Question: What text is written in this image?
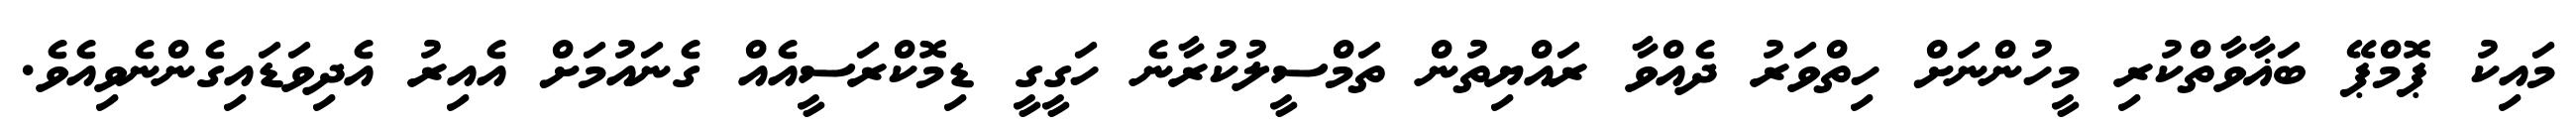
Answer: މައިކު ޕޮމްޕޭ ބަޣާވާތްކުރި މީހުންނަށް ހިތްވަރު ދެއްވާ ރައްޔިތުން ތަމްސީލުކުރާނެ ހަގީގީ ޑިމޮކްރަސީއެއް ގެނައުމަށް އެއިރު އެދިވަޑައިގެންނެވިއެވެ.